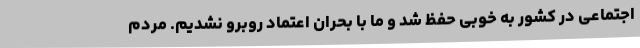
اجتماعی در کشور به خوبی حفظ شد و ما با بحران اعتماد روبرو نشدیم. مردم